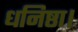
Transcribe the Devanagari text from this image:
धनिष्ठा।